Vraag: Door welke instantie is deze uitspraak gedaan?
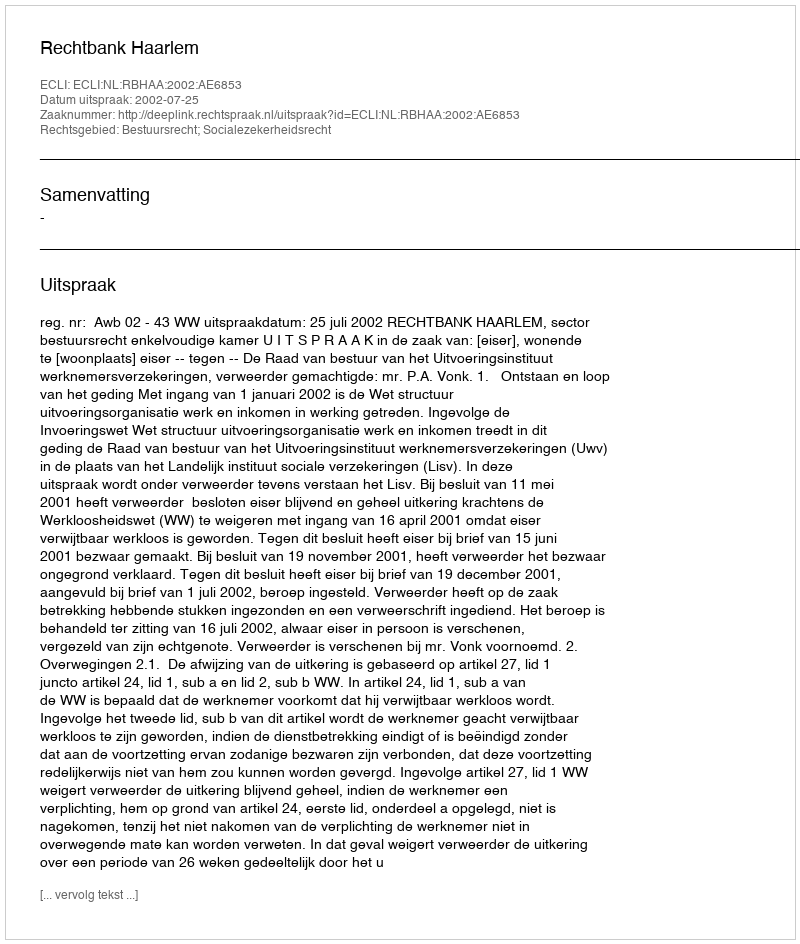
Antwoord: Rechtbank Haarlem